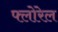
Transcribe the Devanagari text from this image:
फ्लोरेल